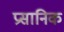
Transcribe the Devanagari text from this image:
प्रसानिक